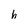
Character: h